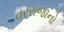
વરરાજાનો